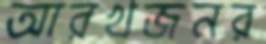
আরখজনর